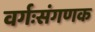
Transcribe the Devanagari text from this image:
वर्गःसंगणक